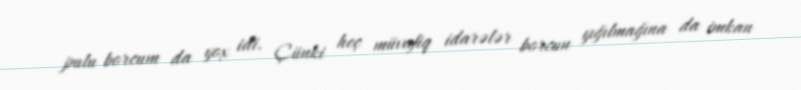
pulu borcum da yox idi. Çünki heç müvafiq idarələr borcun yığılmağına da imkan